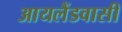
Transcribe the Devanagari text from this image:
आयलैंडवासी